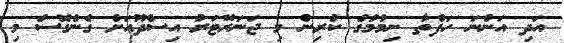
އަދި އަންނަ ހަފްތާ ނިމުމުގެ ކުރިން މި ޖަނަރޭޓަރު އިސްދޫއަށް ގެންގޮސް މި